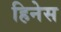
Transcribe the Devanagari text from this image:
हिनेस